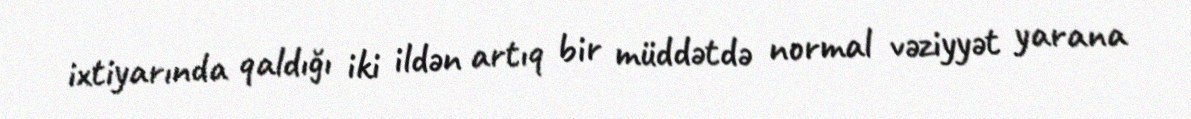
ixtiyarında qaldığı iki ildən artıq bir müddətdə normal vəziyyət yarana